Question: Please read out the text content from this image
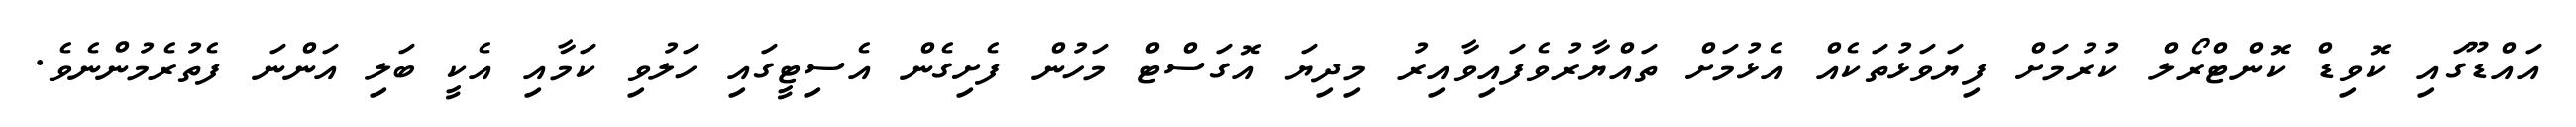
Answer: އައްޑޫގައި ކޮވިޑް ކޮންޓްރޯލް ކުރުމަށް ފިޔަވަޅުތަކެއް އެޅުމަށް ތައްޔާރުވެފައިވާއިރު މިދިޔަ އޮގަސްޓް މަހުން ފެށިގެން އެސިޓީގައި ހަލުވި ކަމާއި އެކީ ބަލި އަންނަ ފެތުރެމުންނެވެ.